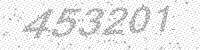
Solution: 453201